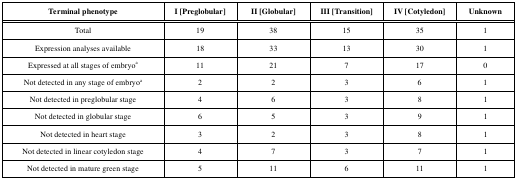
<table><thead><tr><td><b>Terminal phenotype</b></td><td><b>I [Preglobular]</b></td><td><b>II [Globular]</b></td><td><b>III [Transition]</b></td><td><b>IV [Cotyledon]</b></td><td><b>Unknown</b></td></tr></thead><tbody><tr><td>Total</td><td>19</td><td>38</td><td>15</td><td>35</td><td>1</td></tr><tr><td>Expression analyses available</td><td>18</td><td>33</td><td>13</td><td>30</td><td>1</td></tr><tr><td>Expressed at all stages of embryoa</td><td>11</td><td>21</td><td>7</td><td>17</td><td>0</td></tr><tr><td>Not detected in any stage of embryoa</td><td>2</td><td>2</td><td>3</td><td>6</td><td>1</td></tr><tr><td>Not detected in preglobular stage</td><td>4</td><td>6</td><td>3</td><td>8</td><td>1</td></tr><tr><td>Not detected in globular stage</td><td>6</td><td>5</td><td>3</td><td>9</td><td>1</td></tr><tr><td>Not detected in heart stage</td><td>3</td><td>2</td><td>3</td><td>8</td><td>1</td></tr><tr><td>Not detected in linear cotyledon stage</td><td>4</td><td>7</td><td>3</td><td>7</td><td>1</td></tr><tr><td>Not detected in mature green stage</td><td>5</td><td>11</td><td>6</td><td>11</td><td>1</td></tr></tbody></table>